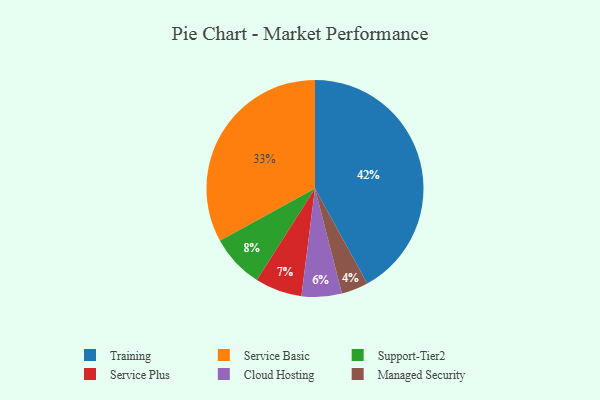
{"axis": {"x": "Category", "y": "Percentage"}, "legend": ["Cloud Hosting", "Managed Security", "Service Basic", "Service Plus", "Support-Tier2", "Training"], "data": [{"x": "Support-Tier2", "y": 8, "type": "Support-Tier2"}, {"x": "Service Plus", "y": 7, "type": "Service Plus"}, {"x": "Training", "y": 42, "type": "Training"}, {"x": "Managed Security", "y": 4, "type": "Managed Security"}, {"x": "Cloud Hosting", "y": 6, "type": "Cloud Hosting"}, {"x": "Service Basic", "y": 33, "type": "Service Basic"}]}